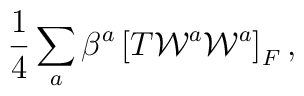
{1\over4}\sum_a \beta^a \left[ T{\cal W}^a{\cal W}^a\right]_F,